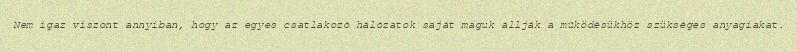
Nem igaz viszont annyiban, hogy az egyes csatlakozó hálózatok saját maguk állják a működésükhöz szükséges anyagiakat.